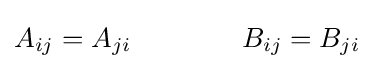
A_{ij}=A_{ji}\qquad \qquad B_{ij}=B_{ji}